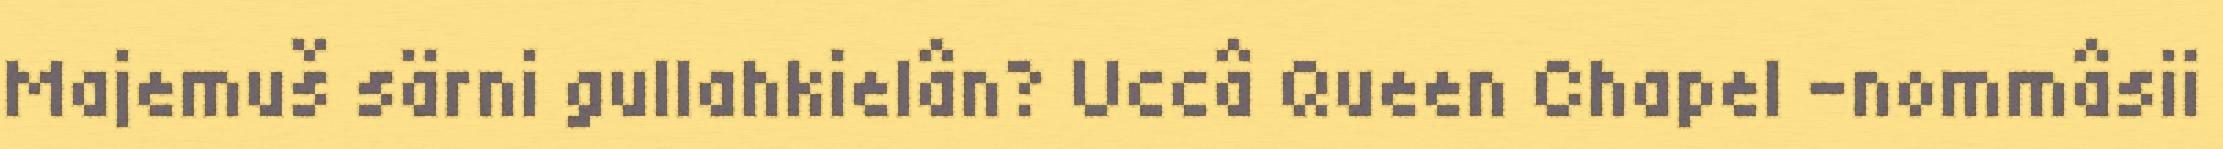
Majemuš särni gullahkielân? Uccâ Queen Chapel -nommâsii